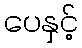
ပေနှင့်